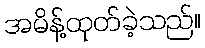
အမိန့်ထုတ်ခဲ့သည်။